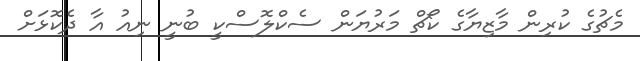
މެޗުގެ ކުރިން މާޒިޔާގެ ކޯޗް މަރުޔަން ސެކްލޮސްކީ ބުނީ ނިއު އާ ދެކޮޅަށް